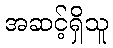
အဆင့်ရှိသူ